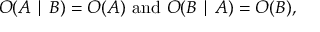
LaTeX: O ( A \mid B ) = O ( A ) { \mathrm { ~ a n d ~ } } O ( B \mid A ) = O ( B ) ,